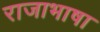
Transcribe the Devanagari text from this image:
राजाभाषा